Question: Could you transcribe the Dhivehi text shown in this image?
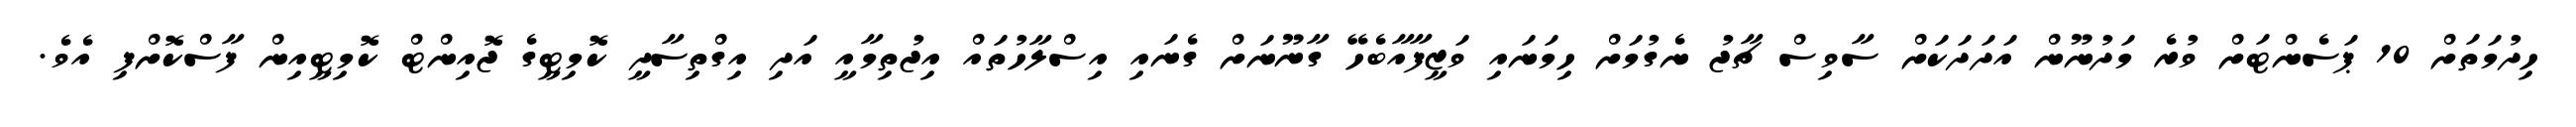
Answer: ހިދުމަތަށް 10 ޕަސެންޓަށް ވުރެ މަދުނޫން އަދަދަކަށް ސާވިސް ޗާޖު ނެގުމަށް ހިމަނައި ވަޒީފާއާބެހޭ ގާނޫނަށް ގެނައި އިސްލާހުތައް އިޖުތިމާއީ އަދި އިގްތިސާދީ ކޮމިޓީގެ ޖޮއިންޓް ކޮމިޓީއިން ފާސްކޮށްފި އެވެ.